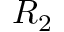
R _ { 2 }